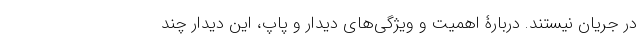
در جریان نیستند. دربارۀ اهمیت و ویژگی‌های دیدار و پاپ، این دیدار چند